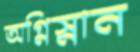
অগ্নিস্নান